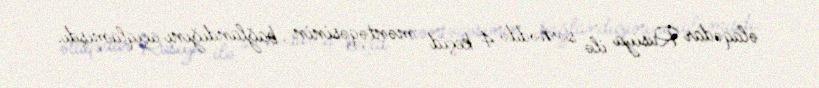
əlaqədar Rusiya ilə sərhəddə 4 keçid məntəqəsinin bağlandığını açıqlamışdı.